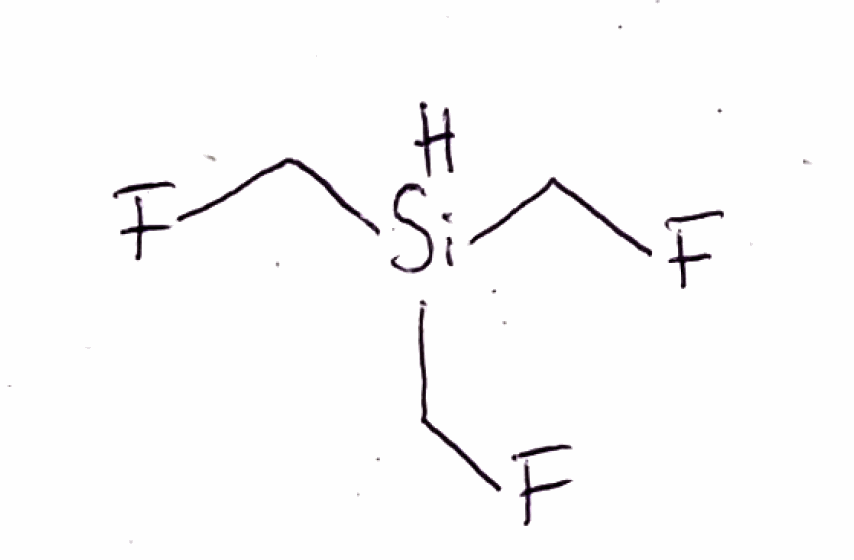
Simplified molecular-input line-entry system (SMILES) notation of the given molecule:
C(F)[SiH](CF)CF